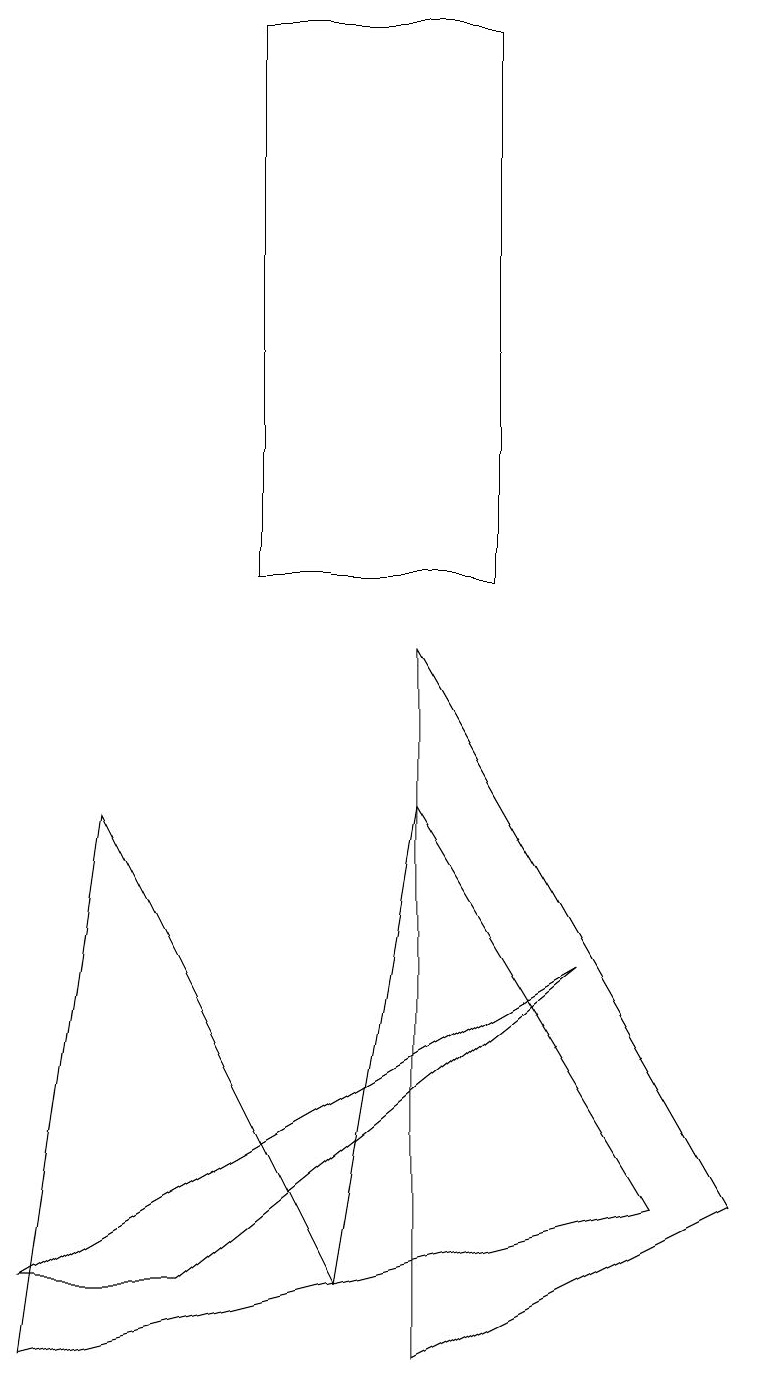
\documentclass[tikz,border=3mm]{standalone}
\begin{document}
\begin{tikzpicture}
\draw (3,10) rectangle (6,17);
\draw (7,5) -- (0,1) -- (2,1) -- cycle;
\draw (4,1) -- (8,2) -- (5,7) -- cycle;
\draw (0,0) -- (1,7) -- (4,1) -- cycle;
\draw (5,0) -- (5,9) -- (9,2) -- cycle;
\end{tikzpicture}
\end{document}